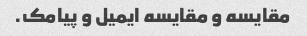
مقایسه و مقایسه ایمیل و پیامک.